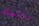
دفاعك